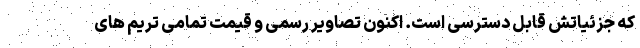
که جزئیاتش قابل دسترسی است. اکنون تصاویر رسمی و قیمت تمامی تریم های